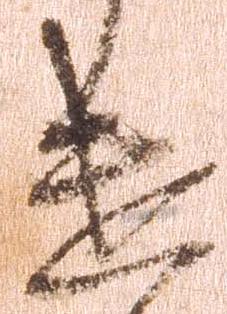
遣